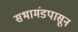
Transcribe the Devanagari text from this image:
सभामंडपासून